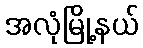
အလုံမြို့နယ်